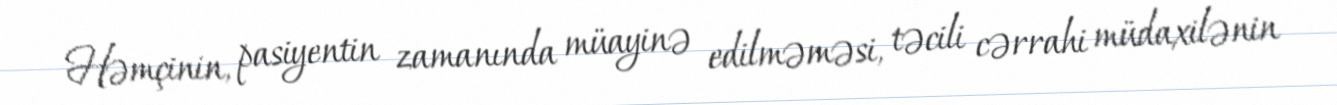
Həmçinin, pasiyentin zamanında müayinə edilməməsi, təcili cərrahi müdaxilənin